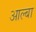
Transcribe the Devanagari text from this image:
आल्बा